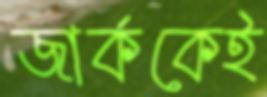
জার্ককেই